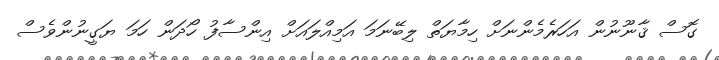
ގޮސް ޤާނޫނުން އަހަރެމެންނަށް ހިމާޔަތް ލިބޭނަމަ އަމިއްލައަށް އިންސާފު ހޯދަން ހަމަ ޔަގީނުންވެސް